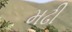
મઢી